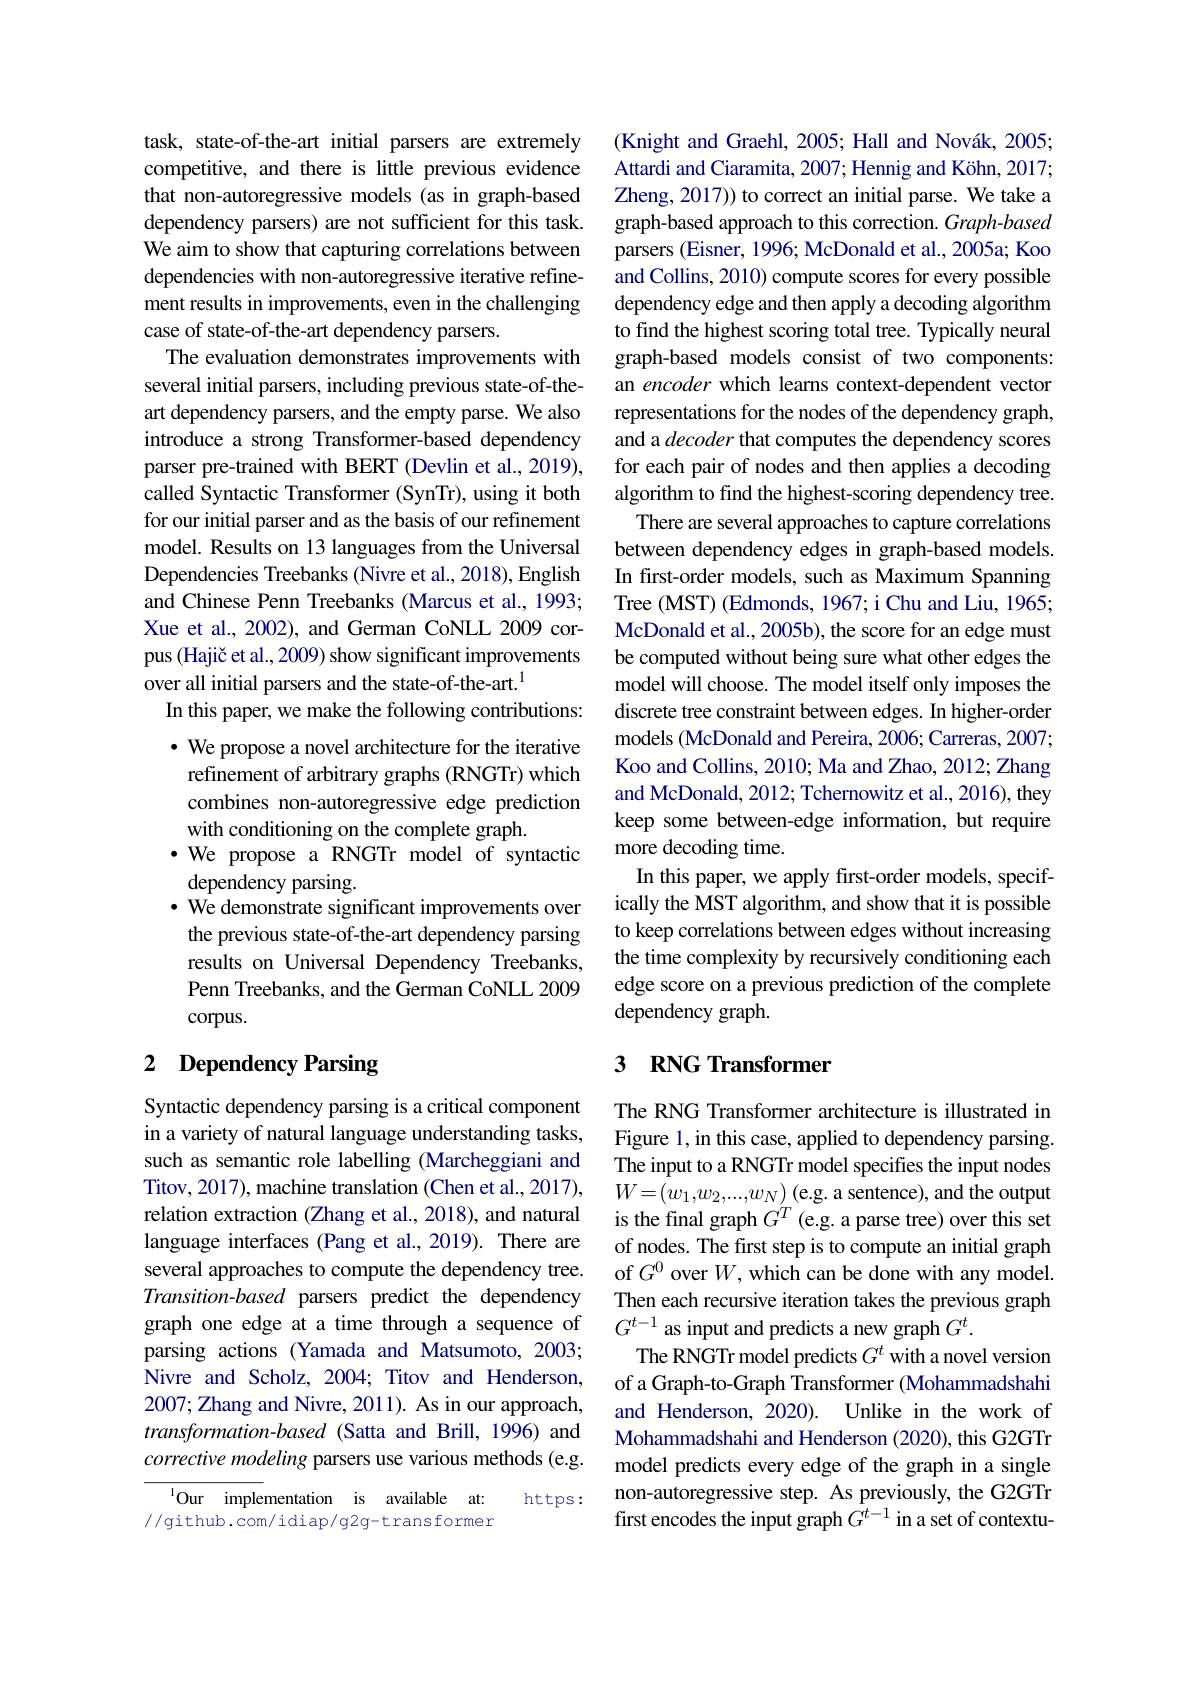
task, state-of-the-art initial parsers are extremely competitive, and there is little previous evidence that non-autoregressive models (as in graph-based dependency parsers) are not sufficient for this task. We aim to show that capturing correlations between dependencies with non-autoregressive iterative refinement results in improvements, even in the challenging case of state-of-the-art dependency parsers.
The evaluation demonstrates improvements with several initial parsers, including previous state-of-theart dependency parsers, and the empty parse. We also introduce a strong Transformer-based dependency parser pre-trained with BERT (Devlin et al., 2019), called Syntactic Transformer (SynTr), using it both for our initial parser and as the basis of our refinement model. Results on 13 languages from the Universal Dependencies Treebanks (Nivre et al., 2018), English and Chinese Penn Treebanks (Marcus et al., 1993; Xue et al., 2002), and German CoNLL 2009 corpus (Hajič et al., 2009) show significant improvements over all initial parsers and the state-of-the-art.$^{1}$
In this paper, we make the following contributions: · We propose a novel architecture for the iterative refinement of arbitrary graphs (RNGTr) which combines non-autoregressive edge prediction with conditioning on the complete graph.
$\bullet$ We propose a RNGTr model of syntactic
dependency parsing.
· We demonstrate significant improvements over the previous state-of-the-art dependency parsing results on Universal Dependency Treebanks, Penn Treebanks, and the German CoNLL 2009 corpus.
2 Dependency Parsing

Syntactic dependency parsing is a critical component in a variety of natural language understanding tasks, such as semantic role labelling (Marcheggiani and Titov, 2017), machine translation (Chen et al., 2017), Titov, 2017), machine translation (Chen et al.,2017), $W= ( w_1, w_2, . . . , w_N)$(eg. a sentence), and the output relation extraction (Zhang et al., 2018), and natural is the final graph $G^T($e.g. a parse tree) over this set
language interfaces (Pang et al.,2019). There are several approaches to compute the dependency tree. Transition-based parsers predict the dependency graph one edge at a time through a sequence of parsing actions (Yamada and Matsumoto, 2003; Nivre and Scholz, 2004; Titov and Henderson, 2007; Zhang and Nivre, 2011). As in our approach, $transformation-based$ (Satta and Brill, 1996) and corrective modeling parsers use various methods (e.g.

$^{1}$Our implementation is available at:
https:
//github.com/idiap/g2g-transformer

(Knight and Graehl, 2005; Hall and Novák, 2005; Attardi and Ciaramita, 2007; Hennig and Köhn, 2017; Zheng, 2017)) to correct an initial parse. We take a graph-based approach to this correction. Graph-based parsers (Eisner, 1996; McDonald et al., 2005a; Koo and Collins, 2010) compute scores for every possible dependency edge and then apply a decoding algorithm to find the highest scoring total tree. Typically neural graph-based models consist of two components: an encoder which learns context-dependent vector representations for the nodes of the dependency graph, and a decoder that computes the dependency scores for each pair of nodes and then applies a decoding algorithm to find the highest-scoring dependency tree. There are several approaches to capture correlations between dependency edges in graph-based models. In first-order models, such as Maximum Spanning Tree (MST) (Edmonds, 1967; i Chu and Liu, 1965; McDonald et al., 2005b), the score for an edge must be computed without being sure what other edges the model will choose. The model itself only imposes the discrete tree constraint between edges. In higher-order models (McDonald and Pereira, 2006; Carreras, 2007; Koo and Collins, 2010; Ma and Zhao, 2012; Zhang and McDonald, 2012; Tchernowitz et al., 2016), they keep some between-edge information, but require more decoding time.
In this paper, we apply first-order models, specifically the MST algorithm, and show that it is possible to keep correlations between edges without increasing the time complexity by recursively conditioning each edge score on a previous prediction of the complete dependency graph.

## 3 $\textbf{RNG Transformer}$

The RNG Transformer architecture is illustrated in Figure 1, in this case, applied to dependency parsing. The input to a RNGTr model specifies the input nodes of nodes. The first step is to compute an initial graph of $G^0$ over $W$, which can be done with any model. Then each recursive iteration takes the previous graph $G^{t-1}$ as input and predicts a new graph $G^t.$
The RNGTr model predicts $G^{t}$ with a novel version of a Graph-to-Graph Transformer (Mohammadshahi and Henderson, 2020). Unlike in the work of Mohammadshahi and Henderson (2020), this G2GTr model predicts every edge of the graph in a single non-autoregressive step. As previously, the G2GTr first encodes the input graph $G^{t-1}$ in a set of contextu-